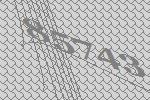
85743